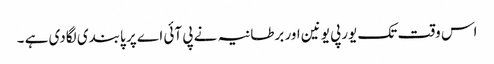
اس وقت تک یورپی یونین اور برطانیہ نے پی آئی اے پر پابندی لگادی ہے ۔